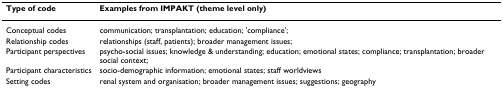
<table><thead><tr><td><b>Type of code</b></td><td><b>Examples from IMPAKT (theme level only)</b></td></tr></thead><tbody><tr><td>Conceptual codes</td><td>communication; transplantation; education; &#x27;compliance&#x27;;</td></tr><tr><td>Relationship codes</td><td>relationships (staff, patients); broader management issues;</td></tr><tr><td>Participant perspectives</td><td>psycho-social issues; knowledge &amp; understanding; education; emotional states; compliance; transplantation; broader social context;</td></tr><tr><td>Participant characteristics</td><td>socio-demographic information; emotional states; staff worldviews</td></tr><tr><td>Setting codes</td><td>renal system and organisation; broader management issues; suggestions; geography</td></tr></tbody></table>